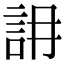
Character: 䛁